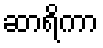
ဆာရိကာ